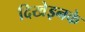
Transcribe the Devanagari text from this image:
दिखेइनके